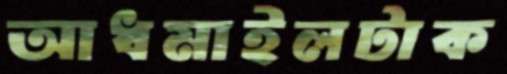
আধমাইলটাক